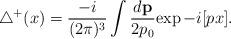
LaTeX: \begin{align*}{\triangle}^{+}(x)=\frac{-i}{(2\pi)^{3}}\int\frac{d{\bf p}}{2p_0}{\exp-i[px]}.\end{align*}